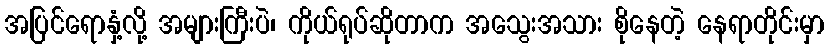
အပြင်ရောနှံ့လို့ အများကြီးပဲ၊ ကိုယ်ရုပ်ဆိုတာက အသွေးအသား စိုနေတဲ့ နေရာတိုင်းမှာ